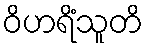
ဝိဟရိံသူတိ